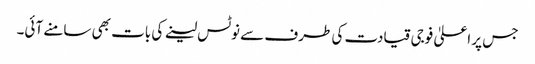
جس پر اعلیٰ فوجی قیادت کی طرف سے نوٹس لینے کی بات بھی سامنے آئی۔